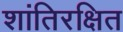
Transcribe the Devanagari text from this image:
शांतिरक्षित